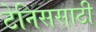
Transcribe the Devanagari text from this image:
टेनिससाठी